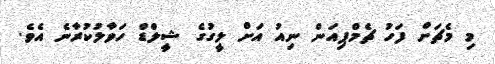
މި މެޗަށް ފަހު ޗެމްޕިއަން ނިއު އަށް ލީގުގެ ޝީލްޑް ހަވާލުކުރާނެ އެވެ.